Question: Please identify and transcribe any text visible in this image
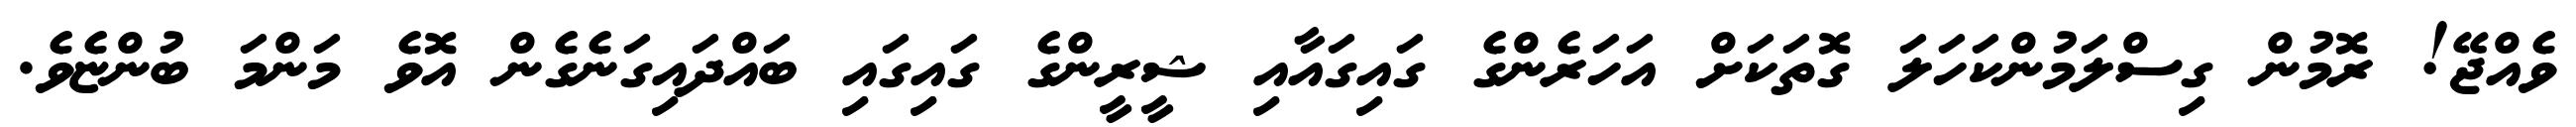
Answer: ވެއްޖޭ! ރޮމުން ގިސްލަމުންކަހަލަ ގޮތަކަށް އަހަރެންގެ ގައިގައާއި ޝީރީންގެ ގައިގައި ބައްދައިގަނެގެން އޮވެ މަންމަ ބުންޏެވެ.